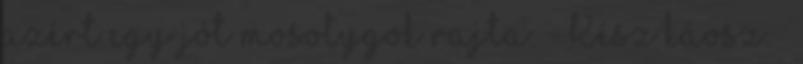
azért egy jót mosolygok rajta. - Kész káosz. –